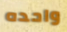
واحده